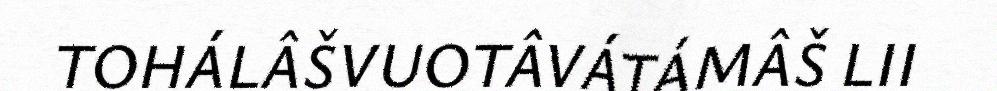
TOHÁLÂŠVUOTÂVÁTÁMÂŠ LII